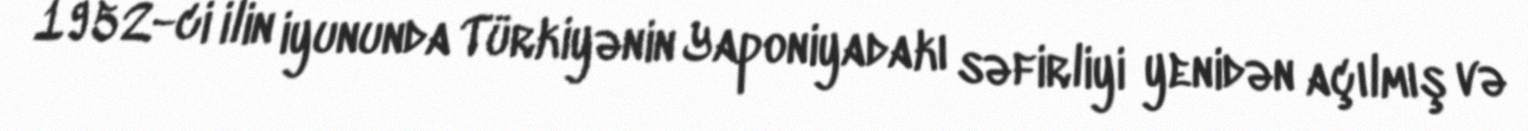
1952-ci ilin iyununda Türkiyənin Yaponiyadakı səfirliyi yenidən açılmış və